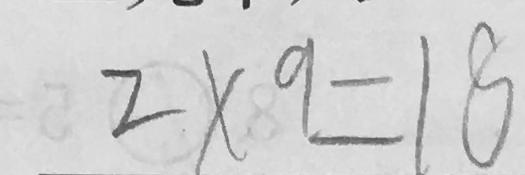
2 \times 9 = 1 8